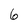
Character: 6